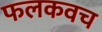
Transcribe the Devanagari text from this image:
फलकवच